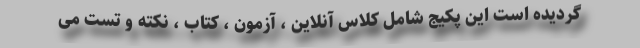
گردیده است این پکیج شامل کلاس آنلاین ، آزمون ، کتاب ، نکته و تست می